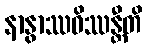
နာနွာဿဝိဿန္တီတိ